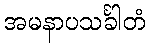
အမနာပသင်္ခါတံ